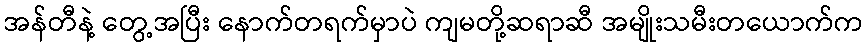
အန်တီနဲ့ တွေ့အပြီး နောက်တရက်မှာပဲ ကျမတို့ဆရာဆီ အမျိုးသမီးတယောက်က